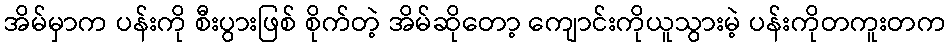
အိမ်မှာက ပန်းကို စီးပွားဖြစ် စိုက်တဲ့ အိမ်ဆိုတော့ ကျောင်းကိုယူသွားမဲ့ ပန်းကိုတကူးတက